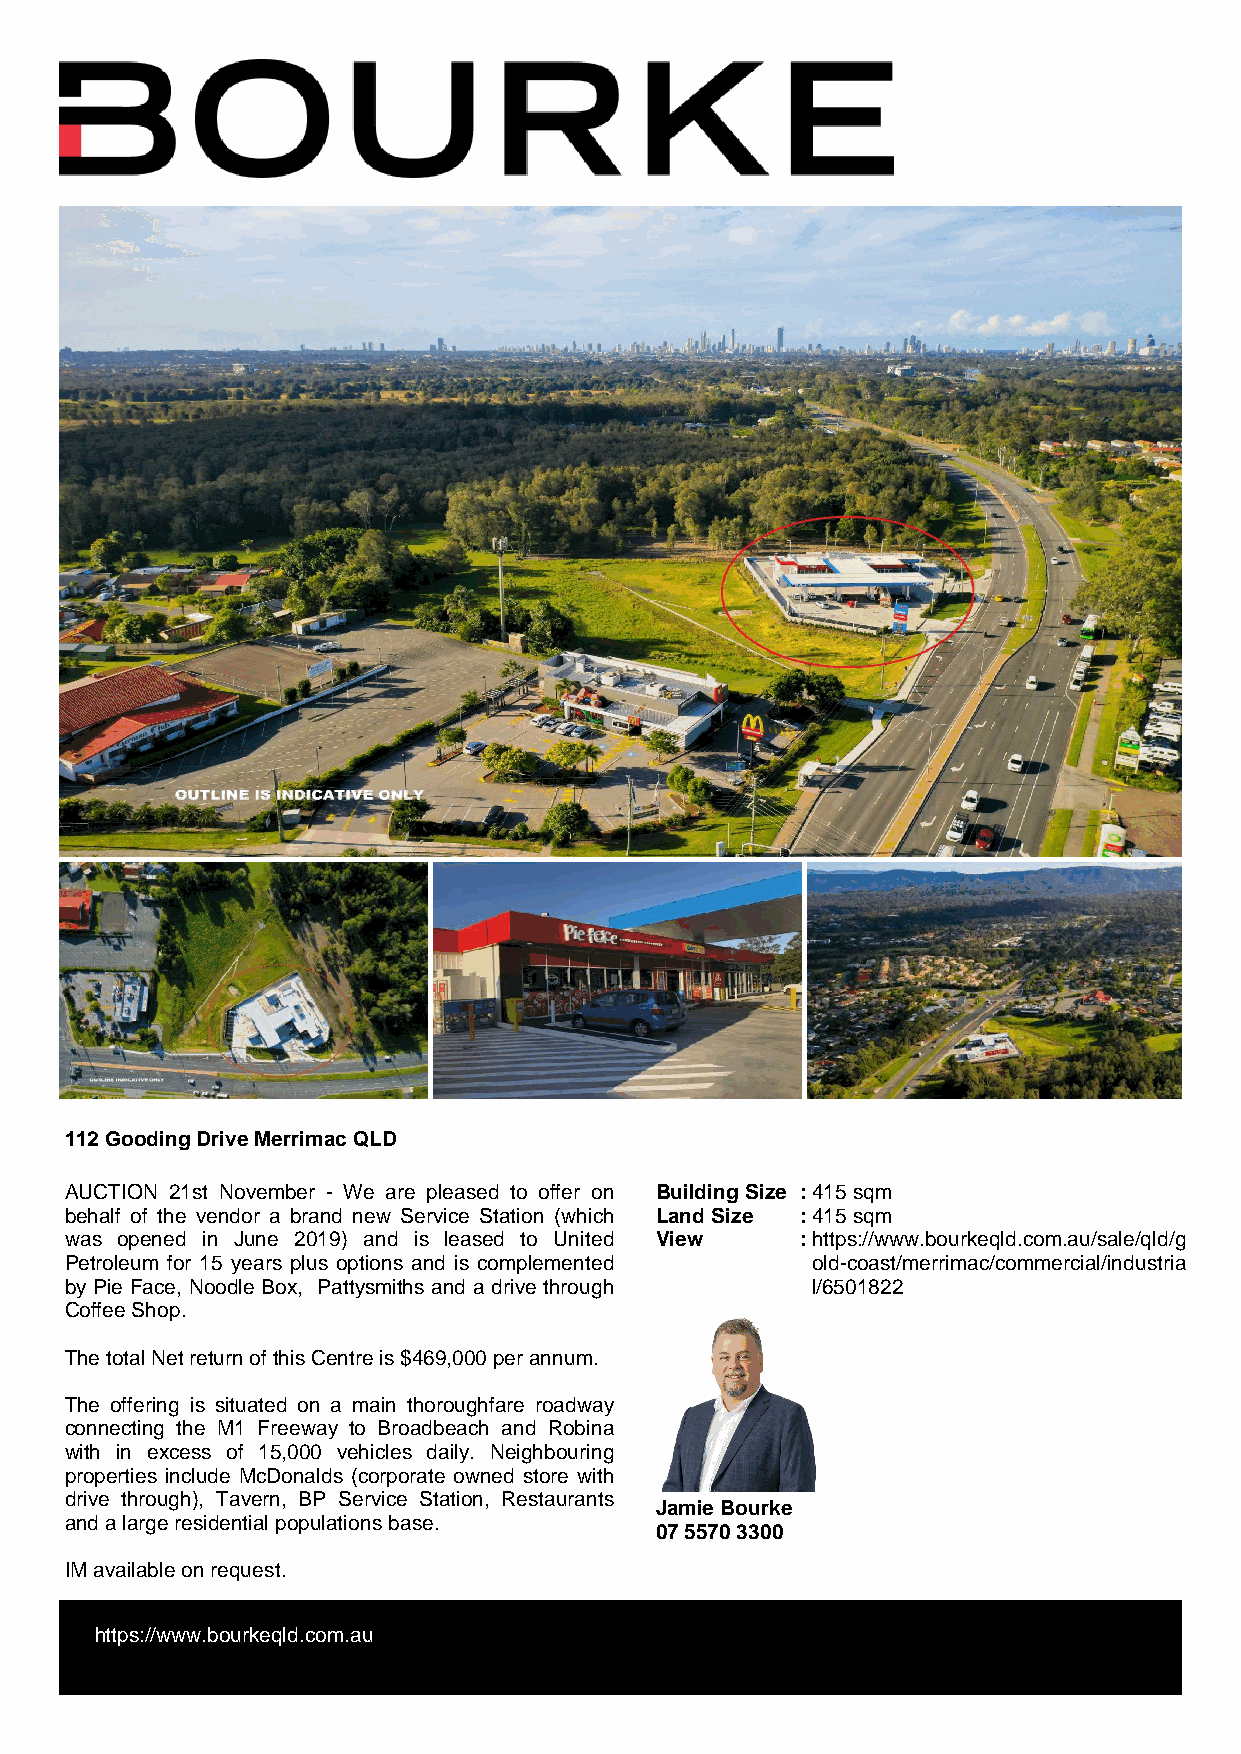
112 Gooding Drive Merrimac QLD
 AUCTION 21st November - We are pleased to offer on Building Size : 415 sqm
 behalf of the vendor a brand new Service Station (which Land Size : 415 sqm
 was opened in June 2019) and is leased to United View : https://www.bourkeqld.com.au/sale/qld/g
 Petroleum for 15 years plus options and is complemented old-coast/merrimac/commercial/industria
 by Pie Face, Noodle Box, Pattysmiths and a drive through l/6501822
 Coffee Shop.
 The total Net return of this Centre is $469,000 per annum.
 The offering is situated on a main thoroughfare roadway
 connecting the M1 Freeway to Broadbeach and Robina
 with in excess of 15,000 vehicles daily. Neighbouring
 properties include McDonalds (corporate owned store with
 drive through), Tavern, BP Service Station, Restaurants
 Jamie Bourke
 and a large residential populations base.
 07 5570 3300
 IM available on request.
 https://www.bourkeqld.com.au